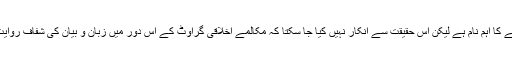
قادر خان بھی اس سلسلے کا اہم نام ہے لیکن اس حقیقت سے انکار نہیں کیا جا سکتا کہ مکالمے اخلاقی گراوٹ کے اس دور میں زبان و بیان کی شفاف روایت سے ہٹنے لگے تھے۔